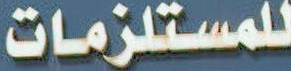
للمستلزمات